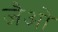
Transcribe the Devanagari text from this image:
जैओ